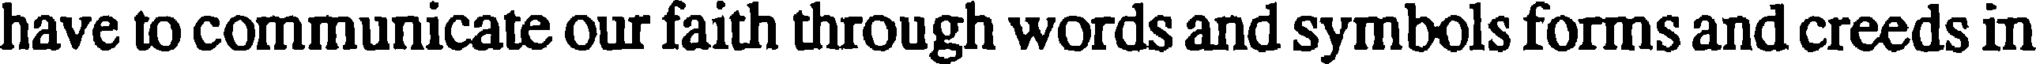
have to communicate our faith through words and symbols forms and creeds in